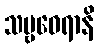
သဗ္ဗဝေရာနိ